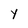
Character: Y